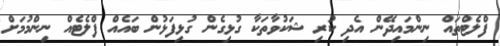
ފްލެޓްތައް ނިންމައިދޭން އެދި ކުރި ޝަކުވާތަކާ ގުޅިގެން ގުޅިފަޅުން ބައެއް ފްލެޓެއް ނިންމުމަށް